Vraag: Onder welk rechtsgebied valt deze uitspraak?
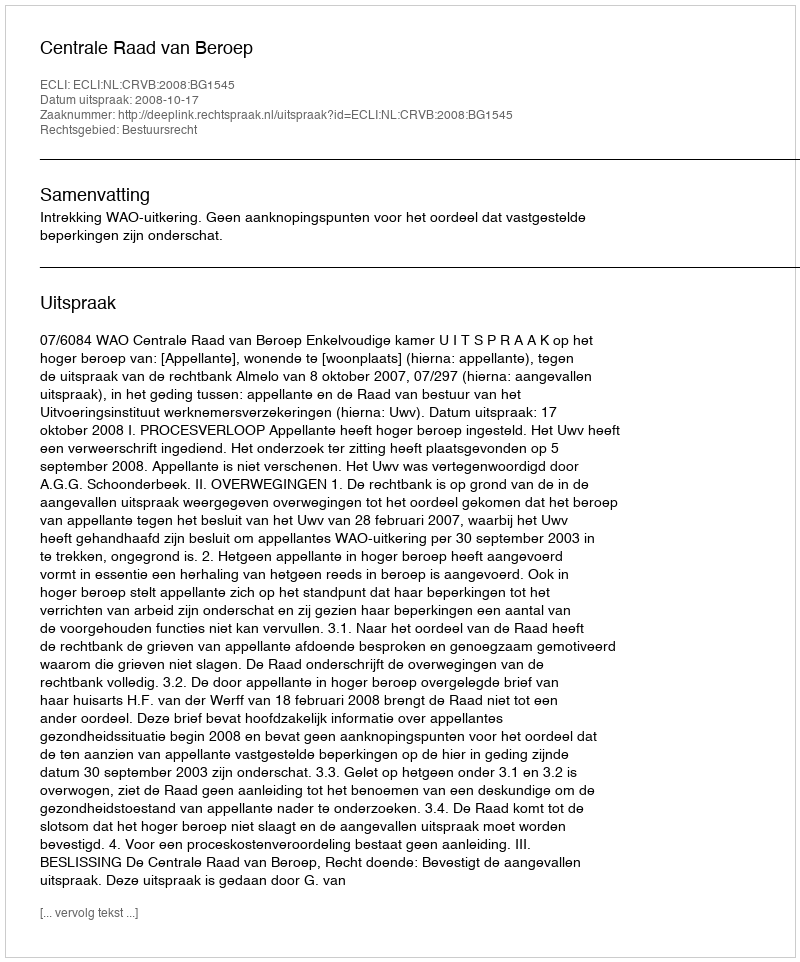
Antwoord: Bestuursrecht